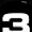
Digit: 3